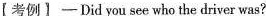
【考例】-Did you see who the driver was?